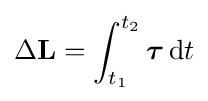
\Delta \mathbf {L} =\int _{t_{1}}^{t_{2}}{\boldsymbol {\tau }}\,\mathrm {d} t